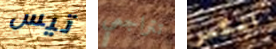
تيس تتراجعي انكسر